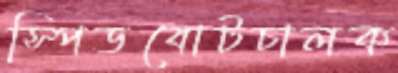
স্পিডবোটচালক